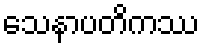
သေနာပတိကဿ